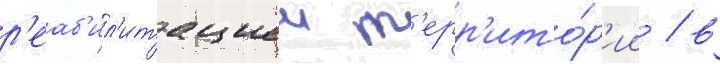
р'еаб'ил'итациеи т'ерр'ито́р'ии / в